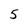
Character: 5